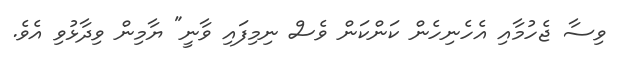
ވިސާ ޖެހުމާއި އެހެނިހެން ކަންކަން ވެސް ނިމިފައި ވާނީ" ޔާމިން ވިދާޅުވި އެވެ.